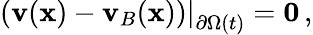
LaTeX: \begin{array}{r}{\left.(\mathbf{v}(\mathbf{x})-\mathbf{v}_{B}(\mathbf{x}))\right|_{\partial\Omega(t)}=\mathbf{0}\, ,}\end{array}